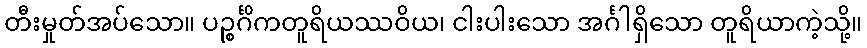
တီးမှုတ်အပ်သော။ ပဉ္စင်္ဂိကတူရိယဿဝိယ၊ ငါးပါးသော အင်္ဂါရှိသော တူရိယာကဲ့သို့။